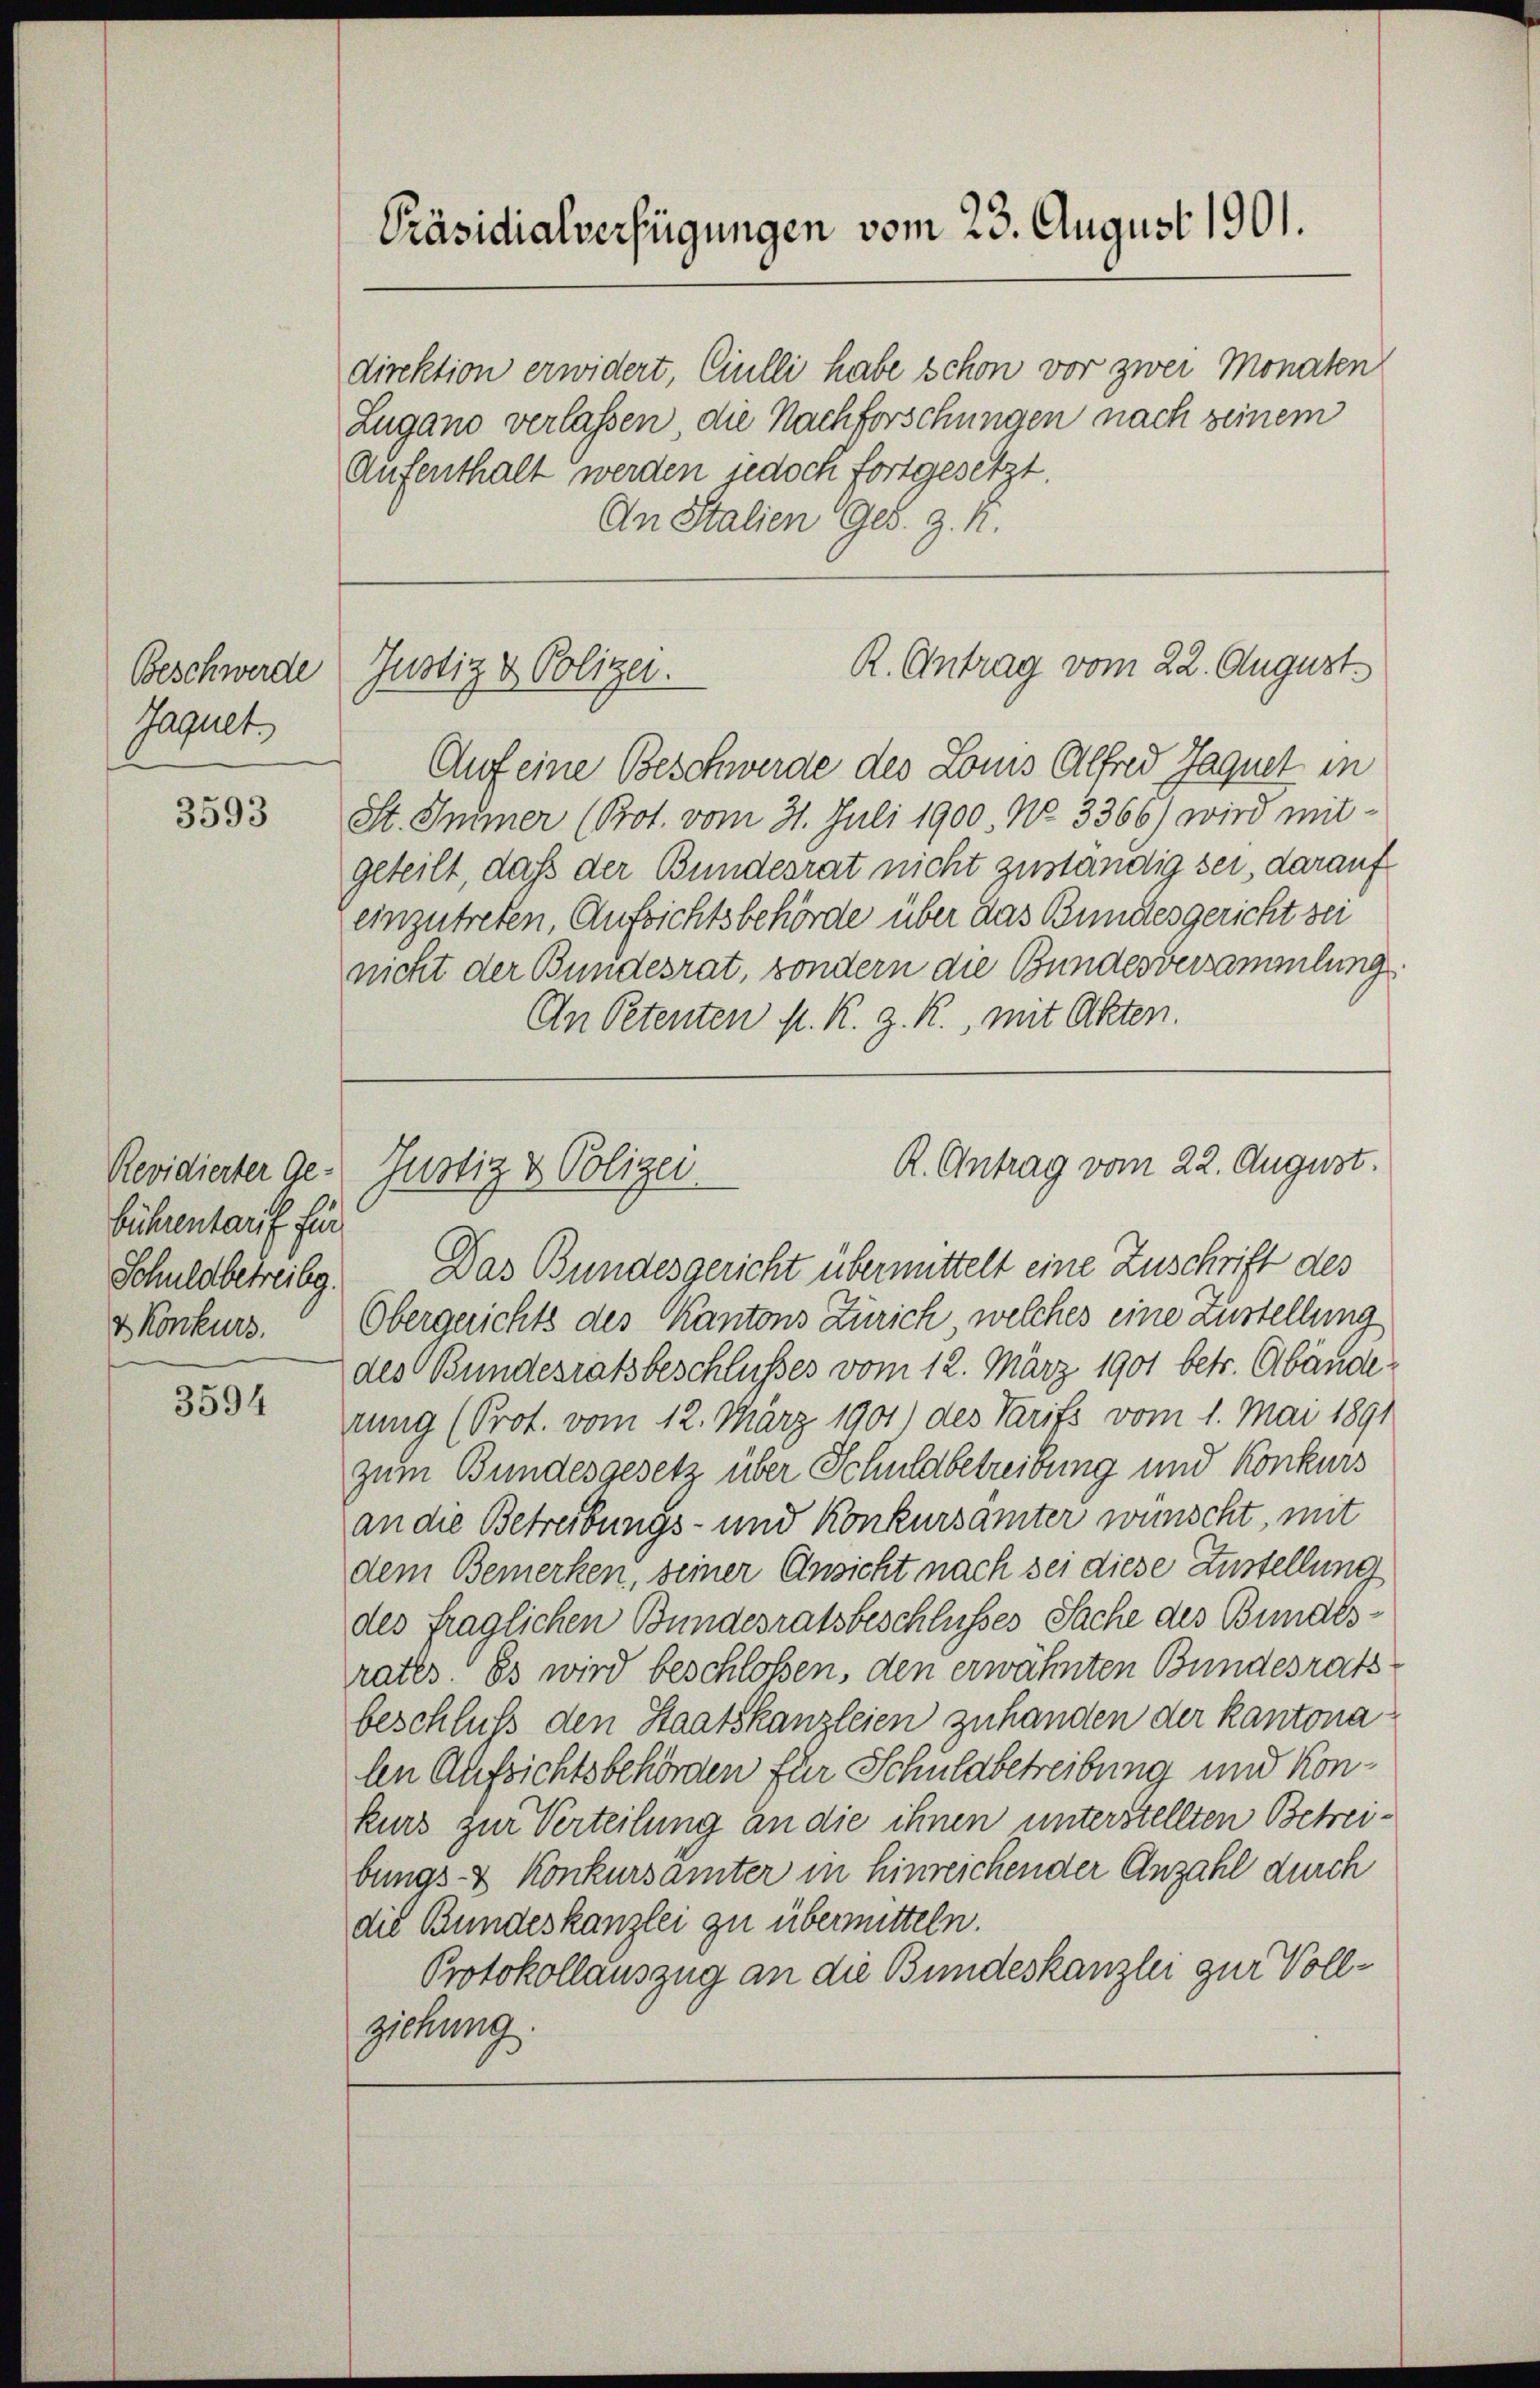
Beschwerde
Jaquet

3593

Revidierter Ge-
bührentarif für
& Konkurs.

3594

Präsidialverfügungen vom 23. August 1901.

Justiz & Polizei.

Justiz & Polizei

direktion erwidert, Ciulli habe schon vor zwei Monaten
Zugano verlassen, die Nachforschungen nach seinem
Aufenthalt werden jedoch fortgesetzt.
An Stalien Ges. Z. M.
Auf eine Beschwerde des Louis Alfred Jaquet in
St. Immer (Prot. vom 31. Juli 1900. No. 3366) wird mitgeteilt, daß der Bundesrat nicht zuständig sei, darauf
einzutreten, Aufrichtsbehörde über das Bundesgericht sei
nicht der Bundesrat, sondern die Bundesversammlung
An Petenten M. K. z. R., mit Akten.
Schuldbetreibg. Das Bundesgericht übermittelt eine Zuschrift des
Obergerichts des Kantons Zürich welches eine Zustellung
des Bundesratsbeschlusses vom 12. März 1901 betr. Abände
rung (Prot. vom 12. März 1901) des Tarifs vom 1. Mai 1891
zum Bundesgesetz über Schuldbetreibung und Konkurs
an die Betreibungs- und Konkursämter wünscht, mit
dem Bemerken, seiner Ansicht nach sei diese Austellung
des fraglichen Bundesratsbeschlusses Sache des Bundesrates. Es wird beschlossen, den erwähnten Bundesrath
beschluß den Staatskanzleien zuhanden der kantonalen Aufsichtsbehörden für Schuldbetreibung und Konkurz zur Verteilung an die ihnen unterstellten Betreibungs- & Konkursämter in hinreichender Anzahl durch
die Bundeskanzlei zu übermitteln.
Protokollauszug an die Bundeskanzlei zur Vollziehung.

R. Antrag vom 22. August.

R. Antrag vom 22. August.